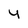
Character: Y